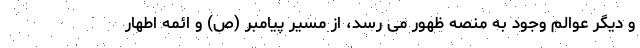
و دیگر عوالم وجود به منصه ظهور می رسد، از مسیر پیامبر (ص) و ائمه اطهار